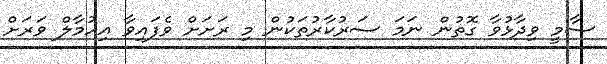
ސާމީ ވިދާޅުވާ ގޮތުން ނަމަ ސަރުކާރުތަކުން މި ރަށަށް ވެފައިވާ އިހުމާލް ވަރަށް